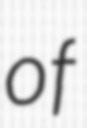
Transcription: of